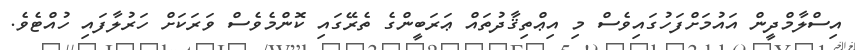
އިސްލާމްދީން އައުމަށްފަހުގައިވެސް މި އިޢްތިޤާދުތައް ޢަރަބީންގެ ތެރޭގައި ކޮންމެވެސް ވަރަކަށް ހަރުލާފައި ހުއްޓެވެ.